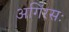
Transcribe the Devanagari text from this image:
अगिंरसः